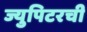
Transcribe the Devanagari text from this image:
ज्युपिटरची